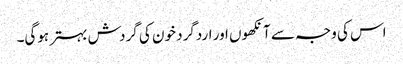
اس کی وجہ سے آنکھوں اور اردگرد خون کی گردش بہتر ہوگی۔